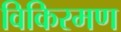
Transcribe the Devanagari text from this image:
विकिरमण